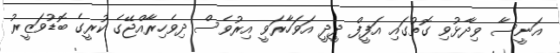
އަނީސާ ވިދާޅުވި ގޮތުގައި އަފީފް ދީީދީ އަވަހާރަވީ އިރުވެސް ދިވެހިރާއްޖޭގެ ކުރީގެ ބޮޑުވަޒީރު